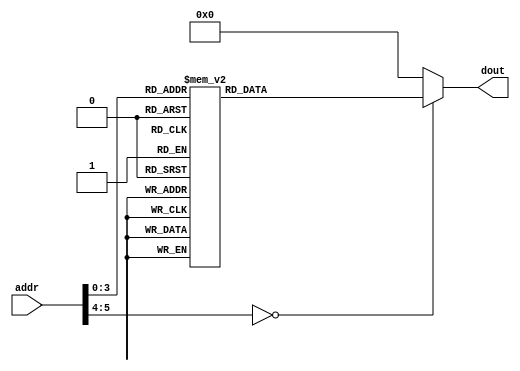
module InstructionROM(addr,dout);
	input [5 : 0] addr;
	output [31 : 0] dout;
	//
	reg [31 : 0] dout;
	always @(*)
		case (addr) /* addr = PC/4 */
			6'd0:   dout=32'h20080042 ; /* op=8h rs=0 rt=8 imm=42h                                 */   
                                        /* addi $t0, $zero, 66           			               */   
			6'd1:   dout=32'h20090042 ; /* op=8h rs=0 rt=9 imm=42h                                 */   
			                            /* addi $t1, $zero, 66                                     */   
			6'd2:   dout=32'hac08000c ; /* op=2bh rs=0 rt=8 offset=0ch                             */   
			                            /* sw   $t0, 12($zero)                                     */   
			6'd3:   dout=32'h20080040 ; /* op=8h rs=0 rt=8 imm=40h                                 */   
                                        /* addi $t0, $zero, 64           			               */   
			6'd4:   dout=32'h8c08000c ; /* op=23h rs=0 rt=8 offset=0ch                            */   
			                            /* lw   $t0, 12($zero)                                       */   
			6'd5:   dout=32'hac09000d ; /* op=2bh rs=0 rt=9 offset=0dh                             */   
			                            /* sw   $t1, 13($zero)                                     */   
			6'd6:   dout=32'h11090003 ; /* op=4h rs=8 rt=9 offset=03h                              */   
			                            /* beq $t0, $t1, 3                                         */   
			6'd7:   dout=32'h00000000 ; /* nop                                                     */   
			6'd8:   dout=32'h00000000 ; /* nop                                                     */   
			6'd9:   dout=32'h08000007 ; /* op=2h offset=07h                                        */   
			                            /* j 07h # jump to itself                                  */   
            6'd10:  dout=32'h0800000a ; /* op=2h offset=0ah                                        */   
			                            /* j 0ah # jump to itself                                  */   
/*			
/*			6'd0:   dout=32'h0800000b ; /* op=2h offset=0bh                                        */   
/*			                            /* j 0bh # jump to 6'd11, PC = 2ch                         */   
/*			6'd1:   dout=32'h20080042 ; /* op=8h rs=0 rt=8 imm=42h                                 */   
/*                                        /* addi $t0, $zero, 66           			               */   
/*			6'd2:   dout=32'h20090004 ; /* op=8h rs=0 rt=9 imm=4h                                  */   
/*			                            /* addi $t1, $zero, 4                                      */   
/*			6'd3:   dout=32'h01095022 ; /* op=0h rs=8 rt=9 rd=10 sa=0h func=22h                    */   
/*			                            /* sub  $t2, $t0, $t1                                      */   
/*			6'd4:   dout=32'h01485825 ; /* op=0h rs=10 rt=8 rd=11 sa=0h func=25h                   */   
/*			                            /* or   $t3, $t2, $t0                                      */   
/*			6'd5:   dout=32'hac0b000c ; /* op=2bh rs=0 rt=11 offset=0ch                            */   
/*			                            /* sw   $t3, 12($zero)                                     */   
/*			6'd6:   dout=32'h8d2c0008 ; /* op=23h rs=9 rt=12 offset=0bh                            */   
/*			                            /* lw   $t4, 11($t1)                                       */   
/*			6'd7:   dout=32'h000c4080 ; /* op=0h rs=0 rt=12 rd=8 sa=2h func=0h                     */   
/*			                            /* sll  $t0, $t4, 2                                        */   
/*			6'd8:   dout=32'h8d2b0008 ; /* op=23h rs=9 rt=11 offset=0bh                            */   
/*			                            /* lw   $t3, 11($t1)                                       */   
/*			6'd9:   dout=32'h012a582b ; /* op=0h rs=9 rt=10 rd=11 sa=0h func=2bh                   */   
/*			                            /* sltu $t3, $t1, $t2                                      */   
/*			6'd10:  dout=32'h0800000a ; /* op=2h offset=0ah                                        */   
/*			                            /* j 0ah # jump to itself                                  */   
/*			6'd11:  dout=32'h14000001 ; /* op=5h rs=0 rt=0 offset=1                                */   
/*			                            /* bne $zero, $zero, 1   # step to next instruction anyway */   
/*			6'd12:  dout=32'h1000fff4 ; /* op=4h rs=0 rt=0 offset=-0ch                             */   
/*			                            /* beq $zero, $zero, -11 # back to 6b'1                    */   
/*			6'd13:  dout=32'h00000000 ; /* nop                                                     */   
			default:dout=32'h00000000 ; /* nop                                                     */   
		endcase	
endmodule